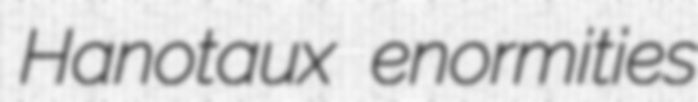
Hanotaux enormities